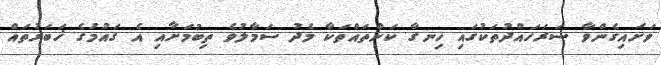
ވަށައިގެންވާ ސަރަހައްދުތަކުގައި ހިނގާ ކަންތައްތަކާ މެދު ސަމާލުވެ ތިބުމަށާއި އެ ގައުމުގެ ޚަބަރުތައް